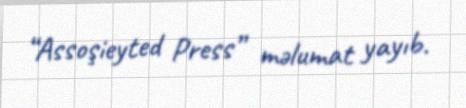
“Assoşieyted Press” məlumat yayıb.